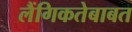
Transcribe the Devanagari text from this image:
लैंगिकतेबाबत